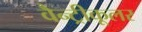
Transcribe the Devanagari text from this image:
वैन्ट्रीकूलर